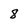
Character: 8